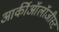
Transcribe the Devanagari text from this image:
आर्कीऑलॉजीस्ट